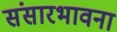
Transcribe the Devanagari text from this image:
संसारभावना